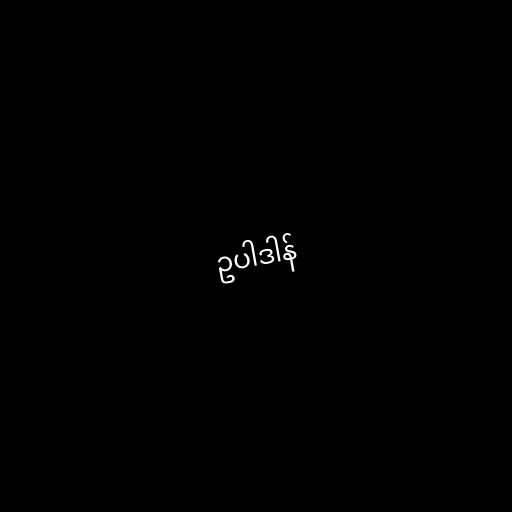
ဥပါဒါန်